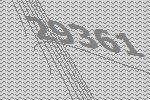
29361